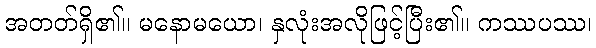
အတတ်ရှိ၏။ မနောမယော၊ နှလုံးအလိုဖြင့်ပြီး၏။ ကဿပဿ၊